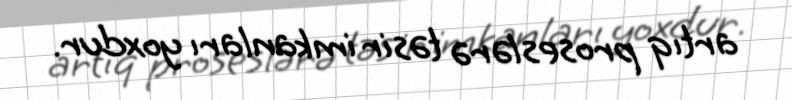
artıq proseslərə təsir imkanları yoxdur.